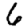
Digit: 6